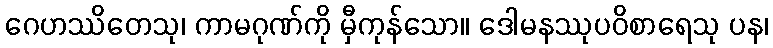
ဂေဟဿိတေသု၊ ကာမဂုဏ်ကို မှီကုန်သော။ ဒေါမနဿုပဝိစာရေသု ပန၊